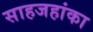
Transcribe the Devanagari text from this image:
साहजहांका